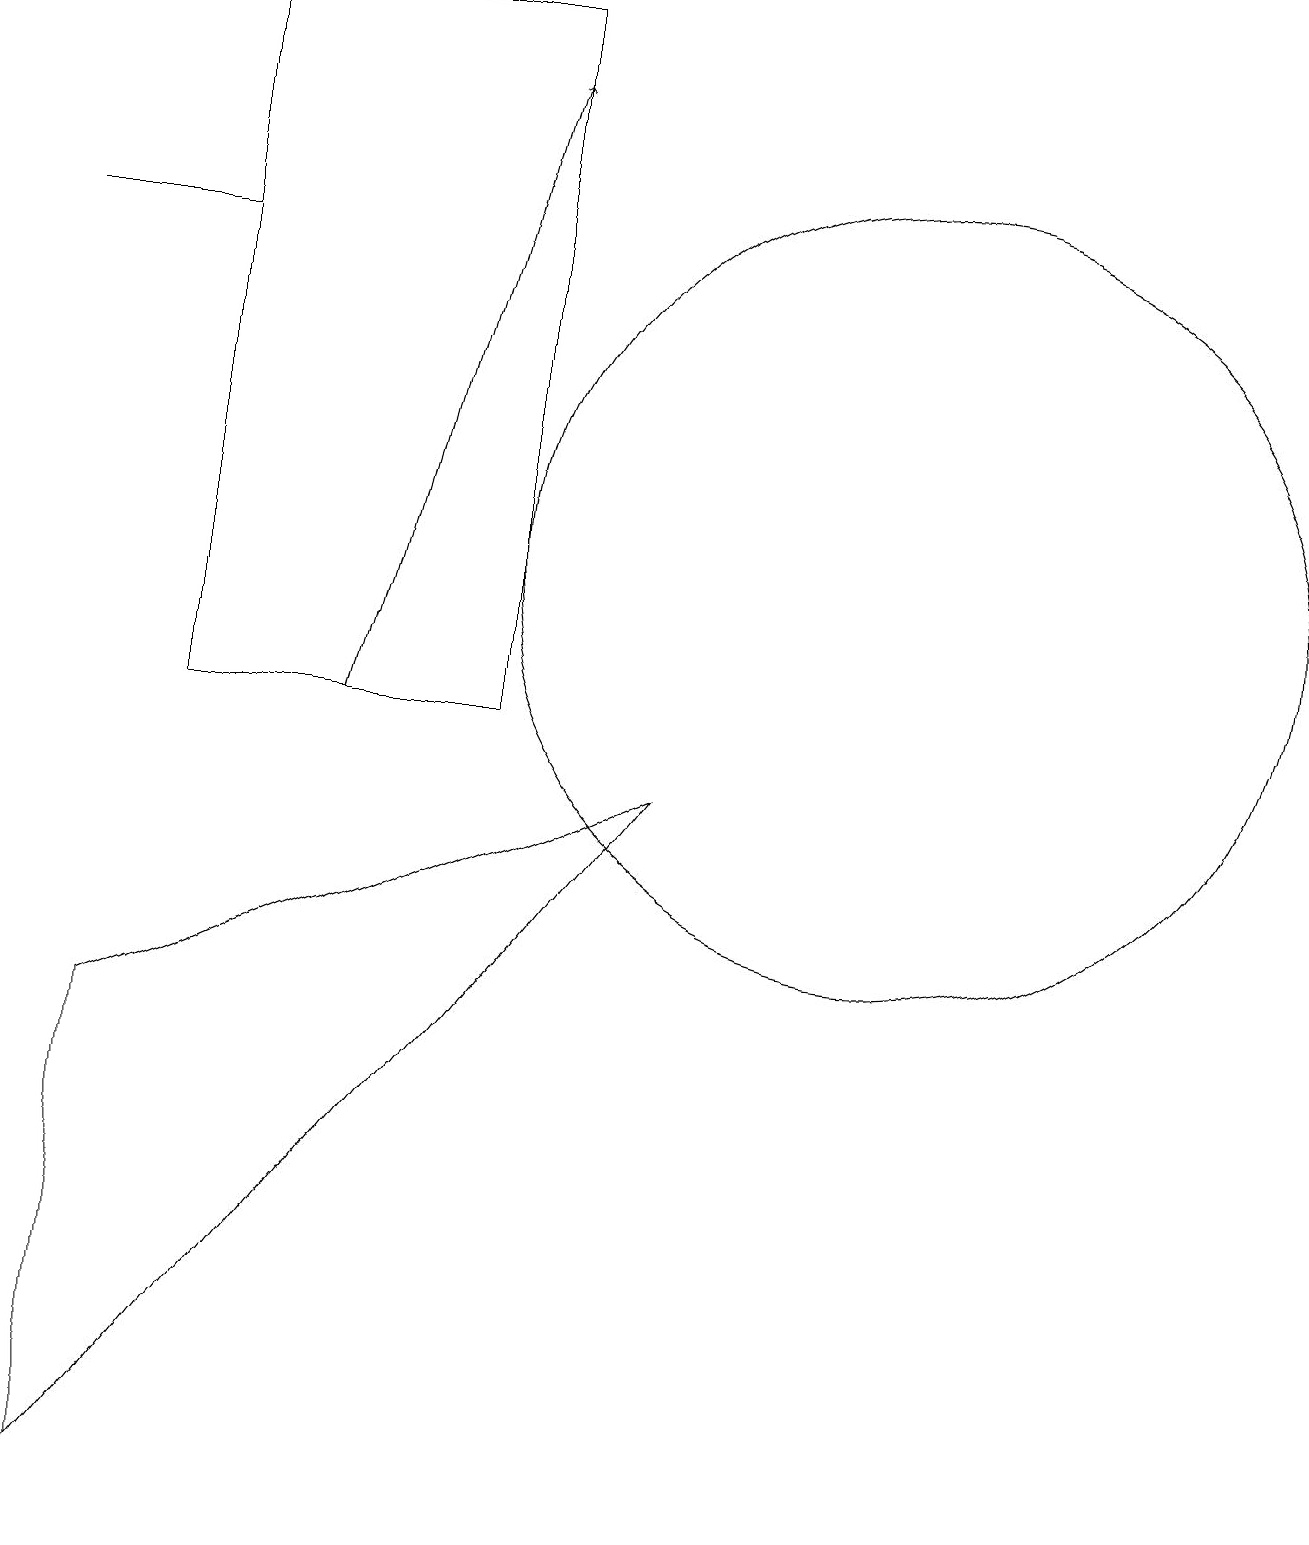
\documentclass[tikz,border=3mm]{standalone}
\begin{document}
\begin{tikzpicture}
\draw (11,12) circle (5);
\draw[->] (4,10) -- (6,18);
\draw (2,16) rectangle (0,16);
\draw (6,19) rectangle (2,10);
\draw (1,0) -- (8,9) -- (1,6) -- cycle;
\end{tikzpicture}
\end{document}